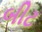
બીટ